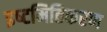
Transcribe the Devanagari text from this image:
इष्‍टमितिकरण